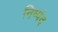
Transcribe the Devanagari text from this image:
निष्पंद